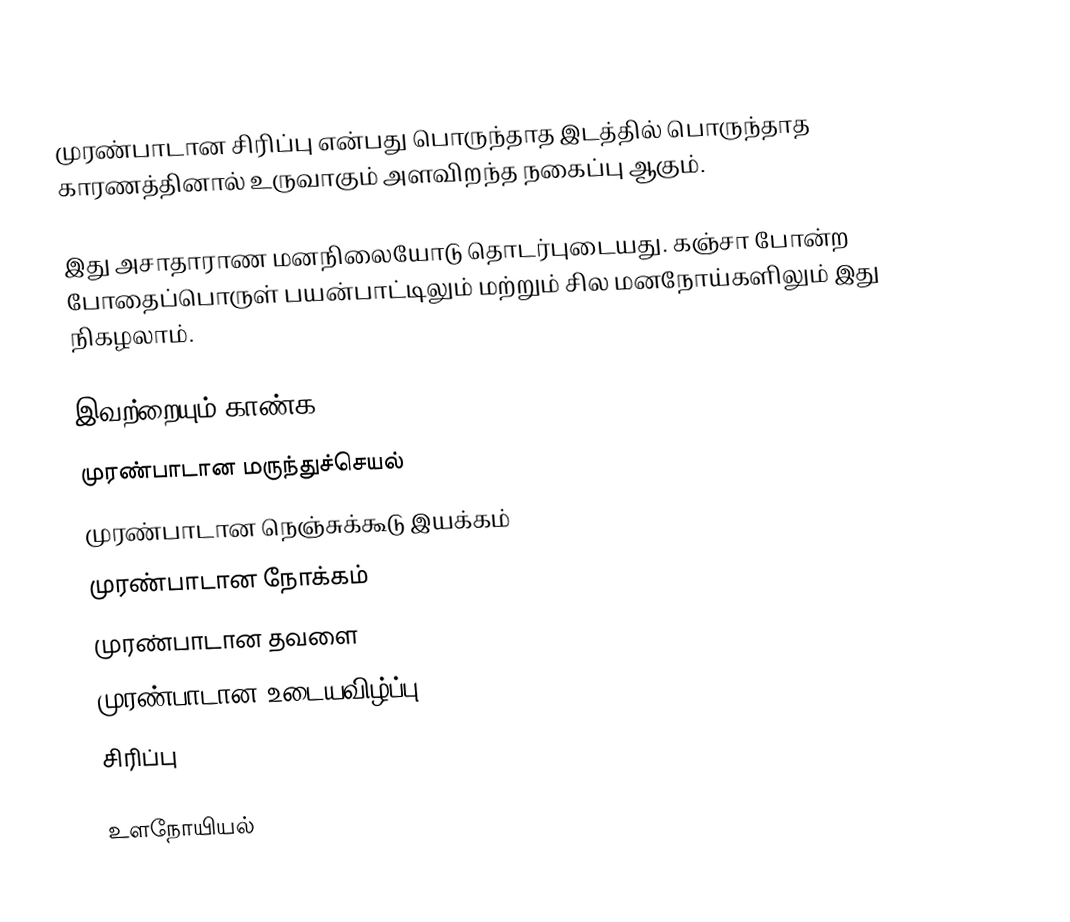
முரண்பாடான சிரிப்பு என்பது பொருந்தாத இடத்தில் பொருந்தாத காரணத்தினால் உருவாகும் அளவிறந்த நகைப்பு ஆகும்.

இது அசாதாராண மனநிலையோடு தொடர்புடையது. கஞ்சா போன்ற போதைப்பொருள் பயன்பாட்டிலும் மற்றும் சில மனநோய்களிலும் இது நிகழலாம்.

இவற்றையும் காண்க
முரண்பாடான மருந்துச்செயல்
முரண்பாடான நெஞ்சுக்கூடு இயக்கம்
முரண்பாடான நோக்கம்
முரண்பாடான தவளை
முரண்பாடான உடையவிழ்ப்பு
சிரிப்பு

உளநோயியல்